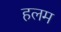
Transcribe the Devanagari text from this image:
हलम